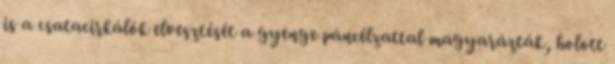
is a csatacirkálók elvesztését a gyenge páncélzattal magyarázták, holott